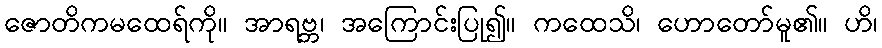
ဇောတိကမထေရ်ကို။ အာရဗ္ဘ၊ အကြောင်းပြု၍။ ကထေသိ၊ ဟောတော်မူ၏။ ဟိ၊